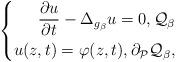
LaTeX: \begin{align*}\left\{\begin{aligned}\frac{\partial u}{\partial t} - \Delta_{g_\beta} u = 0,\mathcal{Q}_\beta\\u(z,t) = \varphi(z,t),\partial_{\mathcal{P}} \mathcal{Q}_\beta,\end{aligned}\right.\end{align*}